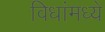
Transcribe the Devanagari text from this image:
विधांमध्ये